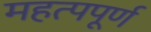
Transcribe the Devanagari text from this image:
महत्‍पपूर्ण